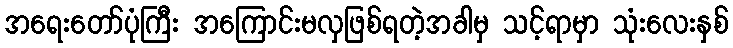
အရေးတော်ပုံကြီး အကြောင်းမလှဖြစ်ရတဲ့အခါမှ သင့်ရာမှာ သုံးလေးနှစ်